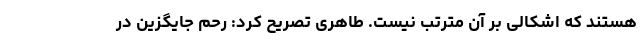
هستند که اشکالی بر آن مترتب نیست. طاهری تصریح کرد: رحم جایگزین در